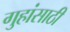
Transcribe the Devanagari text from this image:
गुहांसाठी